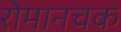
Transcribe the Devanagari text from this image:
रोमानचक